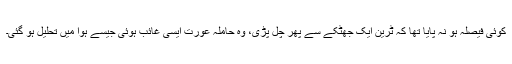
کوئی فیصلہ ہو نہ پایا تھا کہ ٹرین ایک جھٹکے سے پھر چل پڑی، وہ حاملہ عورت ایسی غائب ہوئی جیسے ہوا میں تحلیل ہو گئی۔